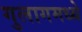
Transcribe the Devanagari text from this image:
गुलागमध्ये